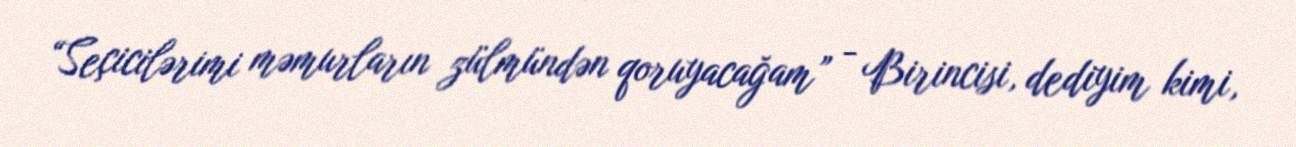
“Seçicilərimi məmurların zülmündən qoruyacağam” - Birincisi, dediyim kimi,